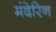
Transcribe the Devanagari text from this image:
मंदेरिन